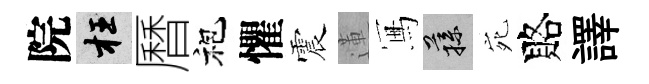
院枉曆袍懼震蓮冩蓀宛賂譯